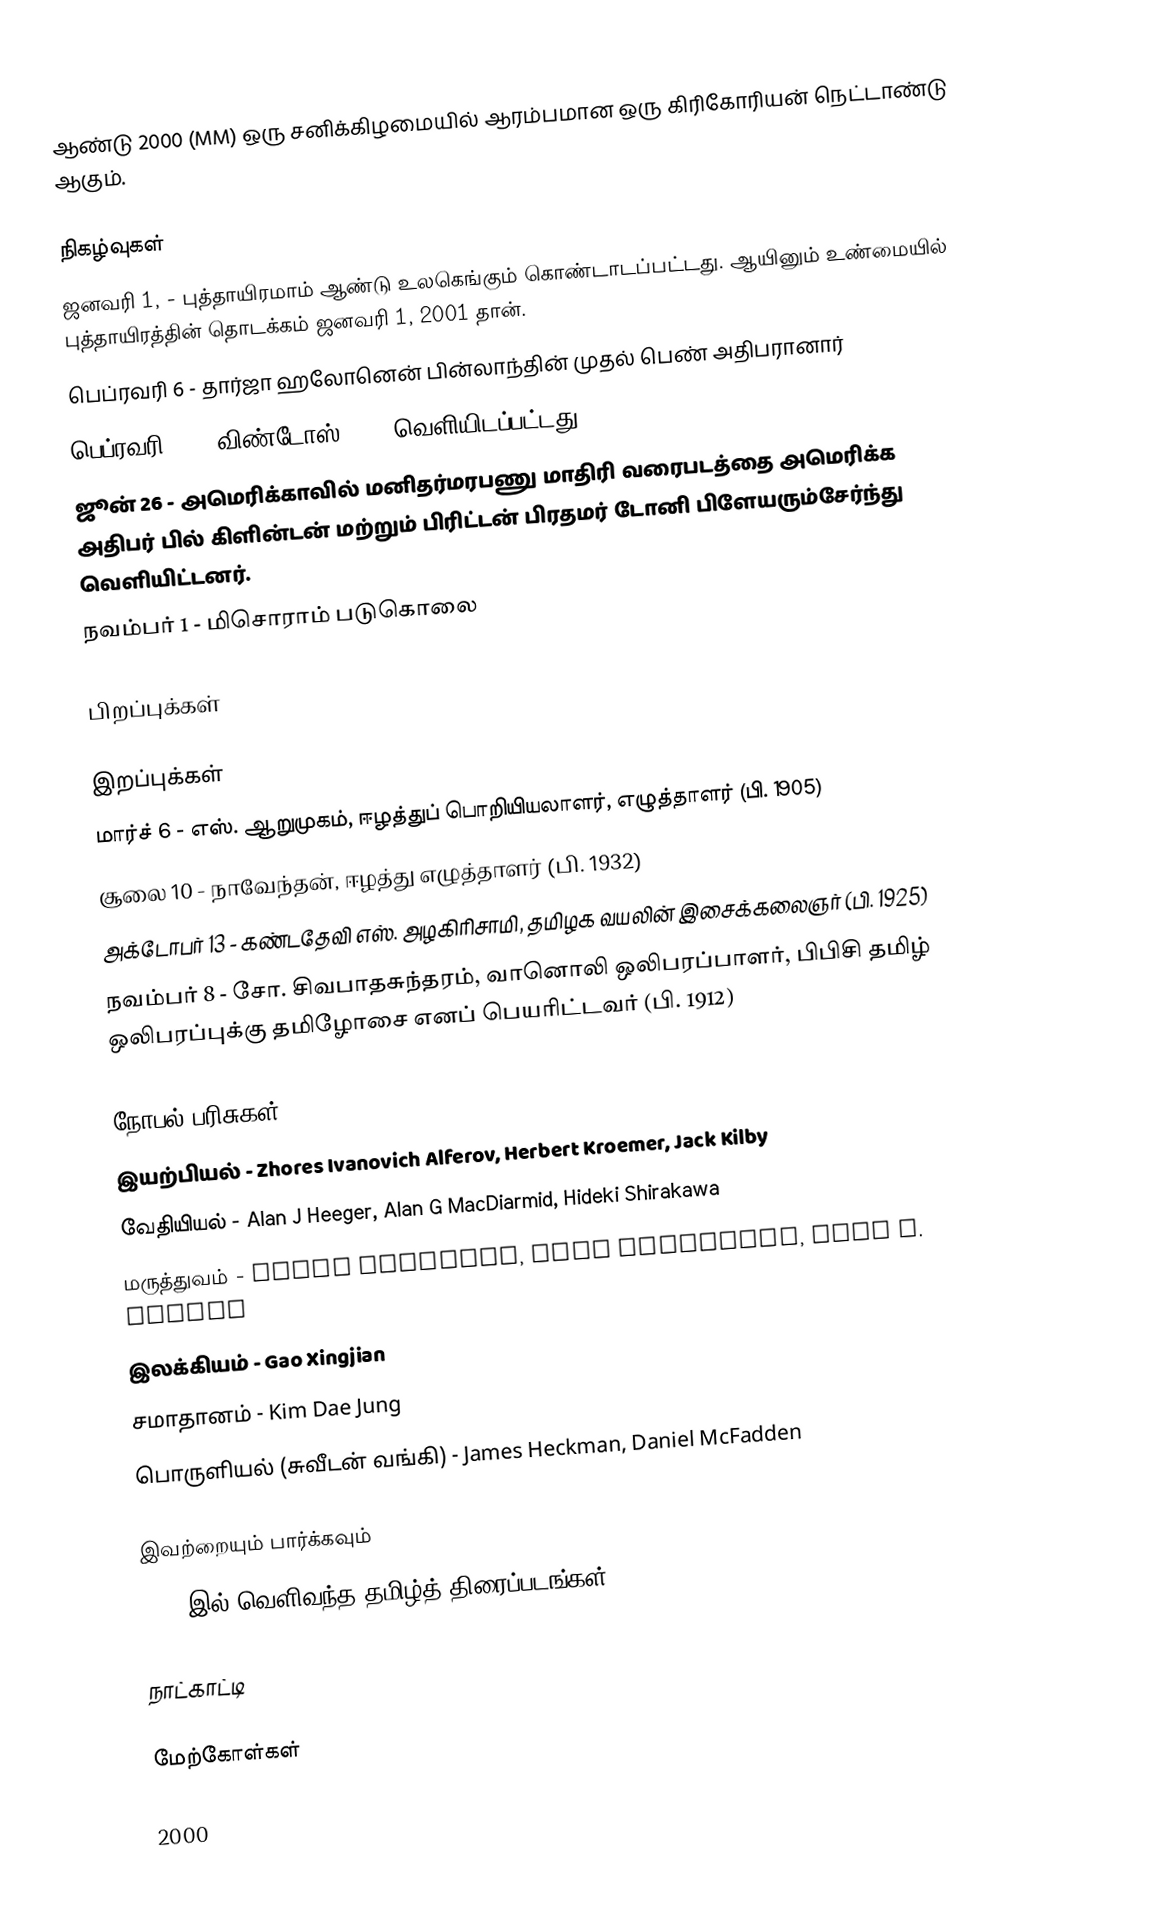
ஆண்டு 2000 (MM) ஒரு சனிக்கிழமையில் ஆரம்பமான ஒரு கிரிகோரியன்  நெட்டாண்டு ஆகும்.

நிகழ்வுகள்
 ஜனவரி 1,  - புத்தாயிரமாம் ஆண்டு உலகெங்கும் கொண்டாடப்பட்டது. ஆயினும் உண்மையில் புத்தாயிரத்தின் தொடக்கம் ஜனவரி 1, 2001 தான்.
 பெப்ரவரி 6 - தார்ஜா ஹலோனென் பின்லாந்தின் முதல் பெண் அதிபரானார்
 பெப்ரவரி 17 - விண்டோஸ் 2000 வெளியிடப்பட்டது
 ஜூன் 26 - அமெரிக்காவில் மனிதர்மரபணு மாதிரி வரைபடத்தை அமெரிக்க அதிபர் பில் கிளின்டன் மற்றும் பிரிட்டன் பிரதமர் டோனி பிளேயரும்சேர்ந்து வெளியிட்டனர்.
 நவம்பர் 1 - மிசொராம் படுகொலை

பிறப்புக்கள்

இறப்புக்கள்
 மார்ச் 6 - எஸ். ஆறுமுகம், ஈழத்துப் பொறியியலாளர், எழுத்தாளர் (பி. 1905)
 சூலை 10 - நாவேந்தன், ஈழத்து எழுத்தாளர் (பி. 1932)
 அக்டோபர் 13 - கண்டதேவி எஸ். அழகிரிசாமி, தமிழக வயலின் இசைக்கலைஞர் (பி. 1925)
 நவம்பர் 8 - சோ. சிவபாதசுந்தரம், வானொலி ஒலிபரப்பாளர், பிபிசி தமிழ் ஒலிபரப்புக்கு தமிழோசை எனப் பெயரிட்டவர் (பி. 1912)

நோபல் பரிசுகள்
 இயற்பியல் - Zhores Ivanovich Alferov, Herbert Kroemer, Jack Kilby
 வேதியியல் - Alan J Heeger, Alan G MacDiarmid, Hideki Shirakawa
 மருத்துவம் - Arvid Carlsson, Paul Greengard, Eric R. Kandel
 இலக்கியம் - Gao Xingjian
 சமாதானம் - Kim Dae Jung
 பொருளியல் (சுவீடன் வங்கி) - James Heckman, Daniel McFadden

இவற்றையும் பார்க்கவும்
 2000 இல் வெளிவந்த தமிழ்த் திரைப்படங்கள்

நாட்காட்டி

மேற்கோள்கள்

2000